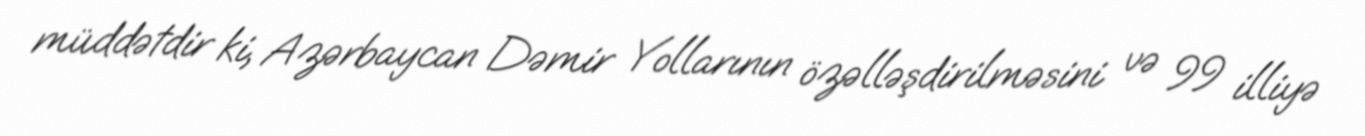
müddətdir ki, Azərbaycan Dəmir Yollarının özəlləşdirilməsini və 99 illiyə